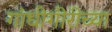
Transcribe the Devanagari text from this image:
गांधीगीरीच्या